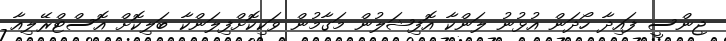
ޖިންސީ ފައިދާ ހޯދަން އުޅުނު ލަންކާ އޮފިޝަލުން މަގާމުން ވަކިކޮށްފިލަންކާ ބަލިކޮށް އޮސްޓްރޭލިއާ